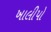
ખાલીપો